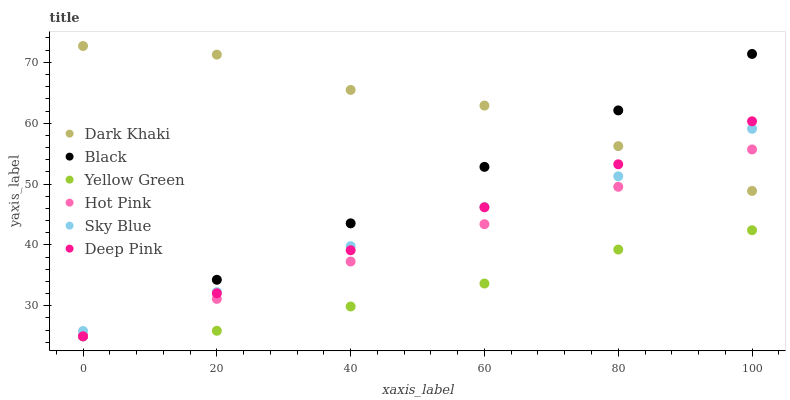
| xaxis_label | Dark Khaki | Black | Yellow Green | Hot Pink | Sky Blue | Deep Pink |
 | --- | --- | --- | --- | --- | --- | --- |
 | 0 | 72.7 | 25 | 25 | 25 | 25.9 | 25 |
 | 20 | 71.3 | 34.3 | 25.9 | 31.1 | 32.2 | 32.1 |
 | 40 | 65.5 | 43.5 | 29.9 | 37.3 | 39.8 | 39.1 |
 | 60 | 62.9 | 52.8 | 33.7 | 43.4 | 46.2 | 46.2 |
 | 80 | 56.2 | 62.1 | 39.2 | 49.5 | 51.3 | 53.2 |
 | 100 | 48.9 | 71.4 | 42.4 | 55.7 | 59.1 | 60.3 |